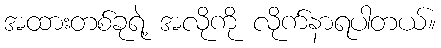
အထားတစ်ခုရဲ့ အလိုကို လိုက်နာရပါတယ်။